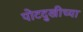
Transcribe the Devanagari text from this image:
पोटदुखीच्या